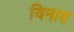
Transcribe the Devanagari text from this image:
विनाद